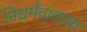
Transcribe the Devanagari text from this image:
निधर्मवादाचा